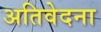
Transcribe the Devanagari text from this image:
अतिवेदना